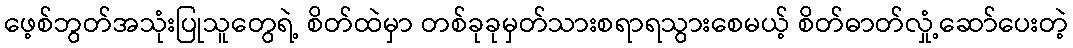
ဖေ့စ်ဘွတ်အသုံးပြုသူတွေရဲ့ စိတ်ထဲမှာ တစ်ခုခုမှတ်သားစရာရသွားစေမယ့် စိတ်ဓာတ်လှုံ့ဆော်ပေးတဲ့